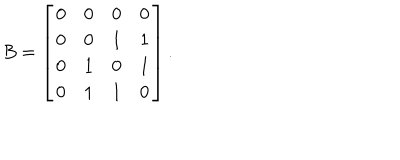
B = \left[ \begin{array} { c c c c } { { 0 } } & { { 0 } } & { { 0 } } & { { 0 } } \\ { { 0 } } & { { 0 } } & { { 1 } } & { { 1 } } \\ { { 0 } } & { { 1 } } & { { 0 } } & { { 1 } } \\ { { 0 } } & { { 1 } } & { { 1 } } & { { 0 } } \\ \end{array} \right] .